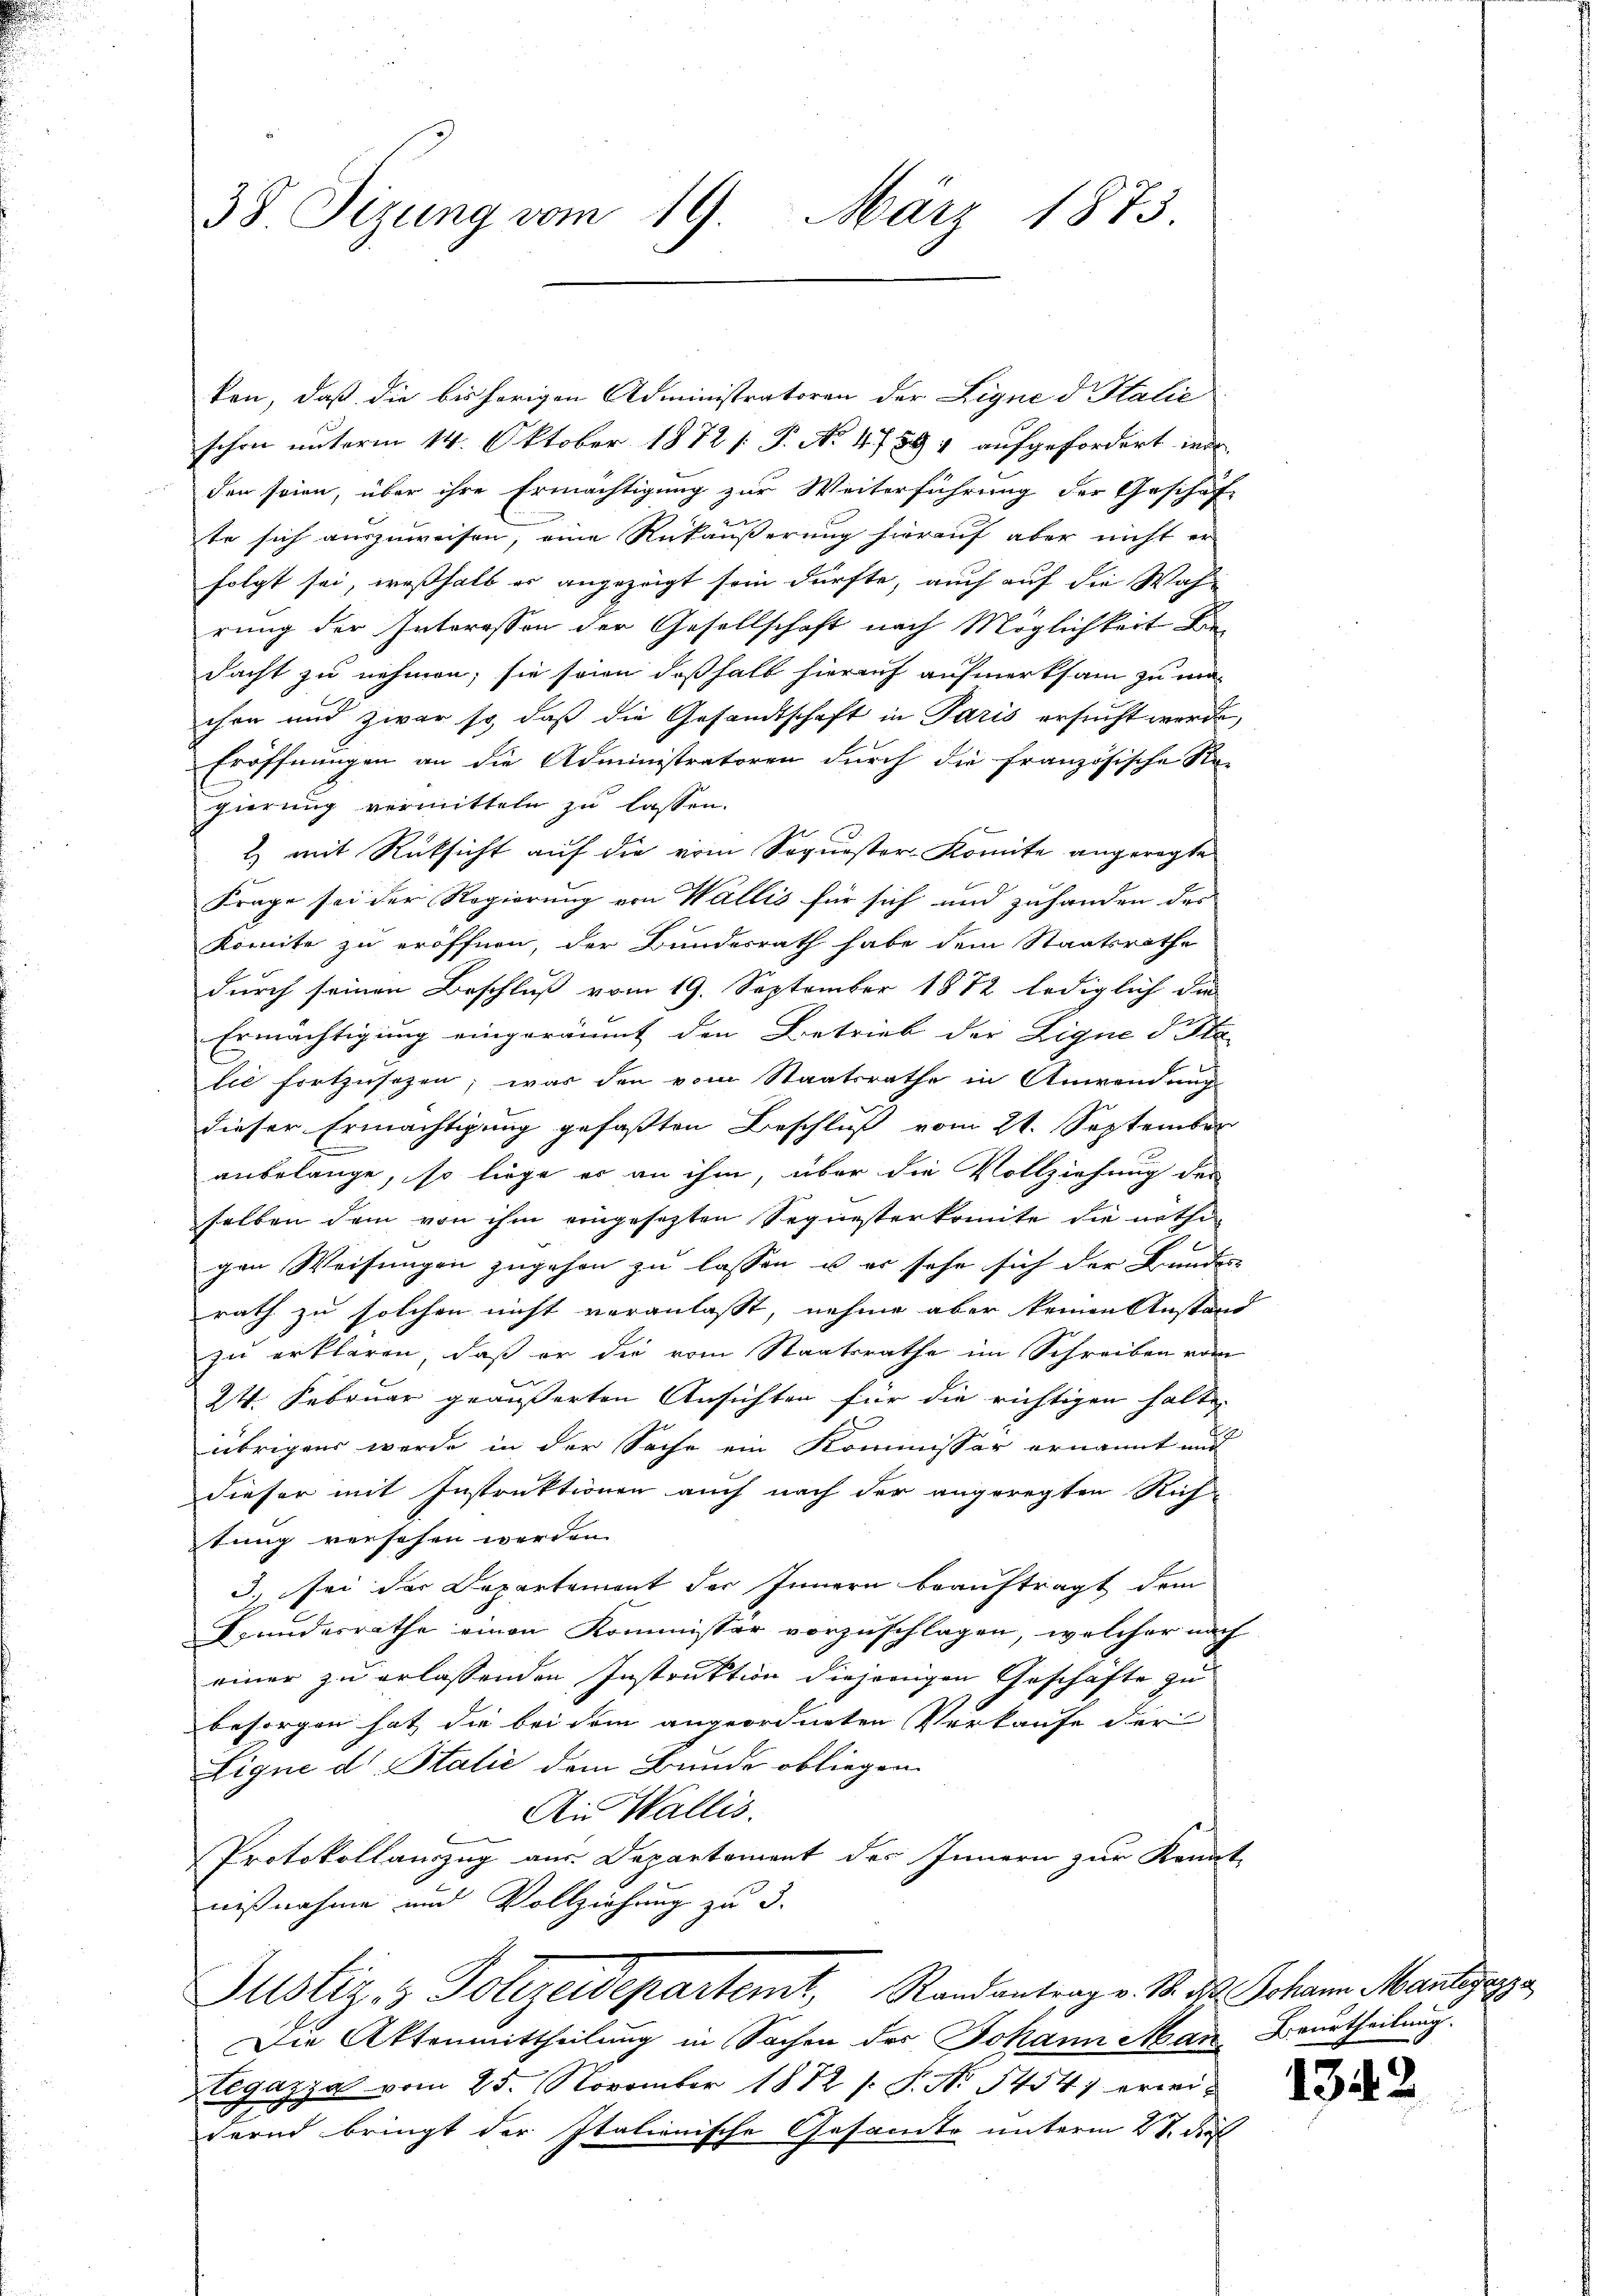
38. Sizung vom 19. März 1873.

ken, daß die bis hörigen Administratoren der Ligne d. Stalie
schon unterm 14. Oktober 1872 [ P. No. 47894 aufgefordert wor-
den seien, über ihre Ermächtigung zur Weiterführung der Geschäf-
te sich auszuweisen, eine Rükäußerung hierauf aber nicht er
folgt sei, weßhalb er angezeigt sein dürfte, auch auf die Wah-
rung der Interesson der Gesellschaft nach Möglichkeit Bedacht zu nehmen; sie seien deßhalb hierauf aufmerksam zu machen und zwar so, daß die Gesandtschaft in Paris ersucht werde,
Eröffnungen an die Administratoren durch die französische Re-
gierung vermitteln zu lassen.
2) mit Rüksicht auf die vom Soquester-Komite angeregte
Frage sei der Regierung von Wallis für sich und zuhanden des
komite zu eröffnen, der Bundesrath habe dem Staatsrathe
durch seinen Beschluß vom 19. September 1872 lediglich die
Ermächtigung eingeräumt den Betrieb der Lique d Sta-
lić fortzusehen, was den vom Staatsrathe in Anwendung
dieser Ermächtigung gefaßten Beschluß vom 21. September
anbelange, so liege er an ihm, über die Vollziehung des
selben dem von ihm eingesetzten Sequesterkomite die nöthi
gen Weisŭngen zŭgehen zŭ lassen u. er sehe sich der Bundes-
rath zu solchen nicht veranlasst, nehme aber keinen Anstand
zu erklären, daß er die vom Staatsrathe im Schreiben vom
24. Februar geäußerten Ansichten für die richtigen halte
übrigens werde in der Sache ein Kommissor ernannt und
dieser mit Instraktionen auch nach der angeregten Rich-
tung versehen werden.
3. sei der Departement der Innern beauftragt dem
Grundesrathe einen Kommissor vorzuschlagen, welcher nach
einer zu erlassenden Instruktion diejenigen Geschäfte zu
besorgen hat die bei dem angeordneten Verkaufe der
Eigne d. Stalić dem Bunde obliegen.
Ain Wallis.
Protokollanzug aus. Departement des Innern zur Kennt
nißnahme und Vollziehung zu 3.
Justiz- & Polizeidepartemt, Randantrag v. M. d. Johann Mangeze
Die Aktenmittheilung in Sachen des Johann Man Beurtheilung.
Legazza vom 25. November 1882 /: P. Nr. 5454) erwidernd bringt der Italionische Gesamte unterm 21. des

1342